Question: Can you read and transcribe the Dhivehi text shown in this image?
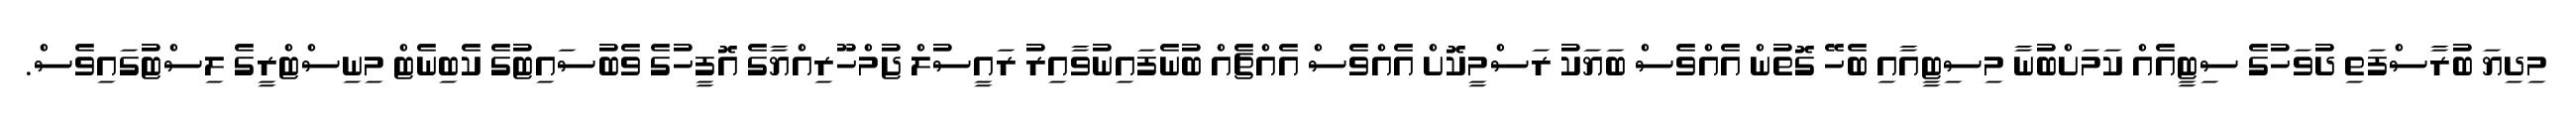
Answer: މިދިޔަ ބުރާސްފަތި ދުވަހުގެ ސިޓީއެއް ކަމަށްބުނާ މިސިޓީއާއި ބެހޭ ގޮތުން އެއްވެސް ބަޔަކު ރަސްމީކޮށް އެއްވެސް އެއްޗެއް ބުނެފައިނުވާއިރު ރައީސުލް ޖުމްހޫރިއްޔާގެ އޮފީހުގެ ވެބުސައިޓުގެ ކެބިނެޓް މިނިސްޓްރީގެ ލިސްޓުގައިވެސް.